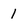
Character: 1